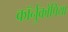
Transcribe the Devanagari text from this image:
कॉर्नुकोपिया